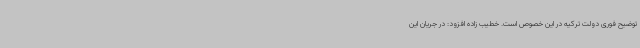
توضیح فوری دولت ترکیه در این خصوص است. خطیب زاده افزود: در جریان این